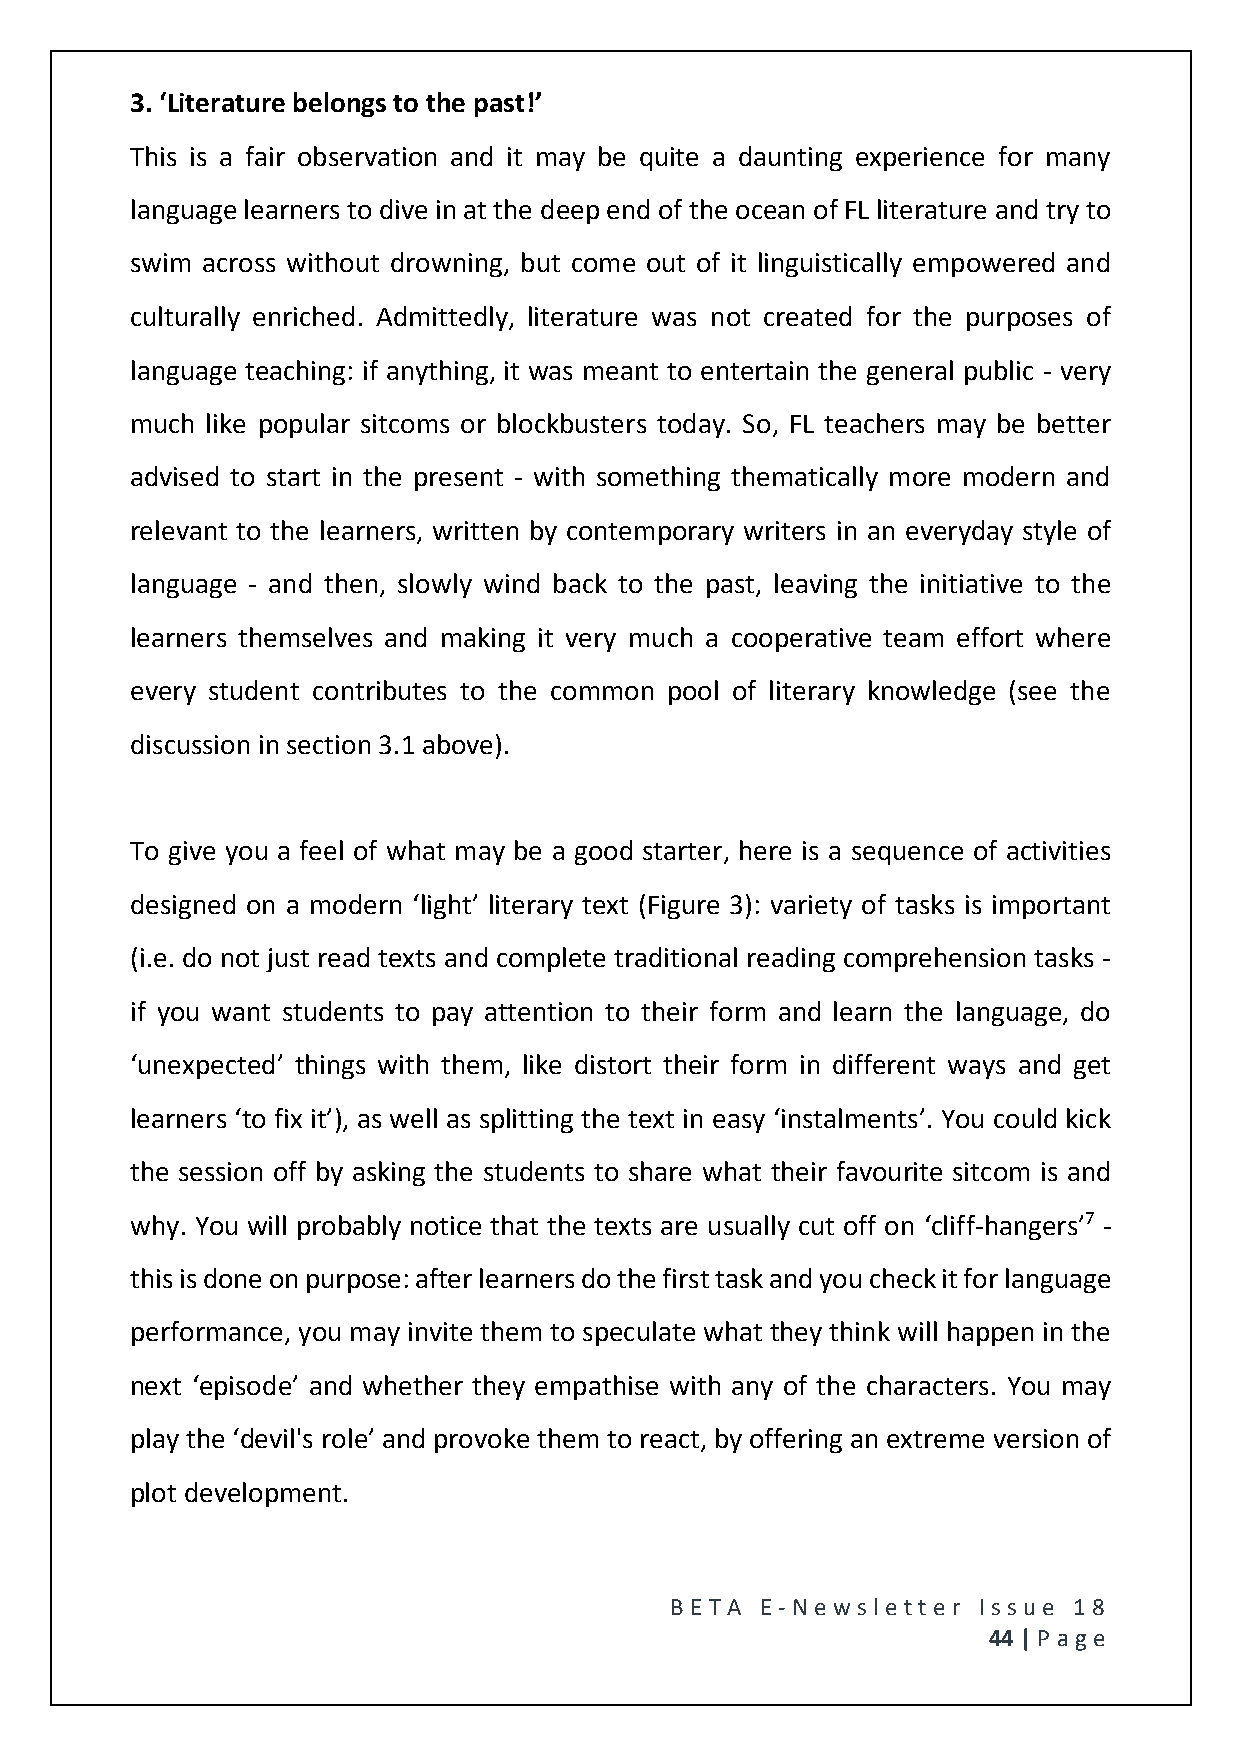
3. ‘Literature belongs to the past!’
 This is a fair observation and it may be quite a daunting experience for many
 language learners to dive in at the deep end of the ocean of FL literature and try to
 swim across without drowning, but come out of it linguistically empowered and
 culturally enriched. Admittedly, literature was not created for the purposes of
 language teaching: if anything, it was meant to entertain the general public - very
 much like popular sitcoms or blockbusters today. So, FL teachers may be better
 advised to start in the present - with something thematically more modern and
 relevant to the learners, written by contemporary writers in an everyday style of
 language - and then, slowly wind back to the past, leaving the initiative to the
 learners themselves and making it very much a cooperative team effort where
 every student contributes to the common pool of literary knowledge (see the
 discussion in section 3.1 above).
 To give you a feel of what may be a good starter, here is a sequence of activities
 designed on a modern ‘light’ literary text (Figure 3): variety of tasks is important
 (i.e. do not just read texts and complete traditional reading comprehension tasks -
 if you want students to pay attention to their form and learn the language, do
 ‘unexpected’ things with them, like distort their form in different ways and get
 learners ‘to fix it’), as well as splitting the text in easy ‘instalments’. You could kick
 the session off by asking the students to share what their favourite sitcom is and
 why. You will probably notice that the texts are usually cut off on ‘cliff-hangers’7 -
 this is done on purpose: after learners do the first task and you check it for language
 performance, you may invite them to speculate what they think will happen in the
 next ‘episode’ and whether they empathise with any of the characters. You may
 play the ‘devil's role’ and provoke them to react, by offering an extreme version of
 plot development.
 BE T A E -N e wsle tt e r Issue 18
 44 | P age